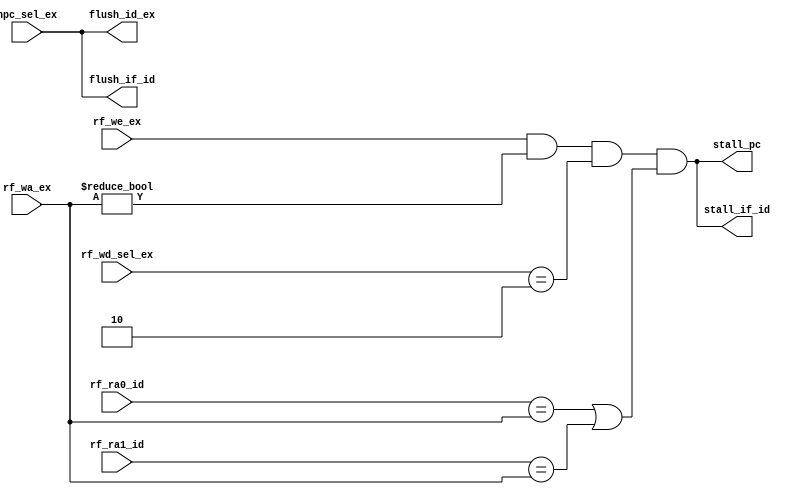
module SEG_CTRL (
    input       [ 0 : 0]        rf_we_ex,
    input       [ 1 : 0]        rf_wd_sel_ex,
    input       [ 4 : 0]        rf_wa_ex,
    input       [ 4 : 0]        rf_ra0_id,
    input       [ 4 : 0]        rf_ra1_id,
    input       [ 0 : 0]        npc_sel_ex,

    output      [ 0 : 0]        stall_pc,
    output      [ 0 : 0]        stall_if_id,
    output      [ 0 : 0]        flush_if_id,
    output      [ 0 : 0]        flush_id_ex
);
    
    wire [ 0: 0] we = rf_we_ex&&(rf_wa_ex!=5'b0)&&(rf_wd_sel_ex==2'b10);
    wire [ 0: 0] ce = (rf_ra0_id==rf_wa_ex)||(rf_ra1_id==rf_wa_ex);
    assign stall_pc = we&&ce;
    assign stall_if_id = stall_pc;

    assign flush_if_id = npc_sel_ex;
    assign flush_id_ex = npc_sel_ex;
endmodule